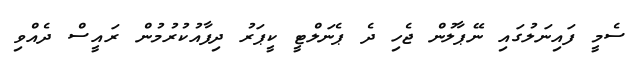
ސެމީ ފައިނަލުގައި ނޭޕާލުން ޖެހި ދެ ޕެނަލްޓީ ކީޕަރު ދިފާއުކުރުމުން ރައީސް ދެއްވި